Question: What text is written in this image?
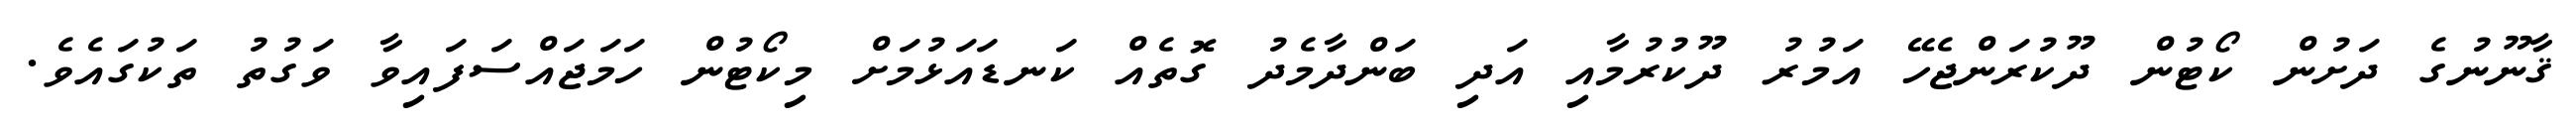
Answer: ޤާނޫނުގެ ދަށުން ކޯޓުން ދޫކުރަންޖެހޭ އަމުރު ދޫކުރުމާއި އަދި ބަންދާމެދު ގޮތެއް ކަނޑައަޅުމަށް މިކޯޓުން ހަމަޖައްސަފައިވާ ވަގުތު ތަކުގައެވެ.